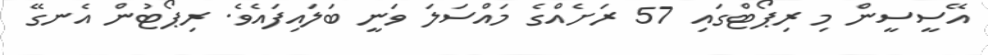
އޭސީސީން މި ރިޕޯޓްގައި 57 ރަށެއްގެ މައްސަލަ ވަނީ ބަލައިފައެވެ. ރިޕޯޓުން އެނގޭ